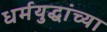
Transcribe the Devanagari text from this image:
धर्मयुद्धांच्या